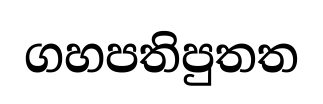
ගහපතිපුතත